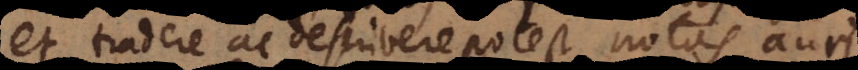
et tradere ac describere potest notas auri.